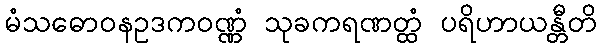
မံသဓောဝနဥဒကဝဏ္ဏံ သုခကရဏတ္ထံ ပရိဟာယန္တီတိ